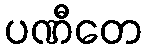
ပဏီတေ